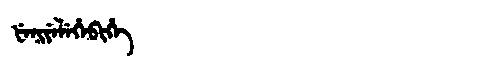
Manchu: ᡶᡝᠨᡳᠶᡝᠯᡝᡥᡝᠪᡳᡥᡝ
Romanization: FENIYELEHEBIHE